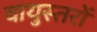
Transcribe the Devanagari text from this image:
वायुस्तरों